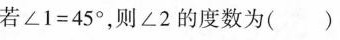
若$$∠ 1 = 4 5 °$$，则∠2的度数为( )